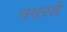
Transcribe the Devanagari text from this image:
नवरत्ने